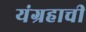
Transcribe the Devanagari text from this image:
यंग्रहाची